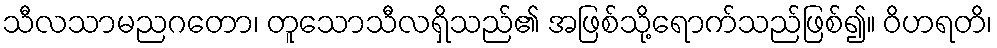
သီလသာမညဂတော၊ တူသောသီလရှိသည်၏ အဖြစ်သို့ရောက်သည်ဖြစ်၍။ ဝိဟရတိ၊